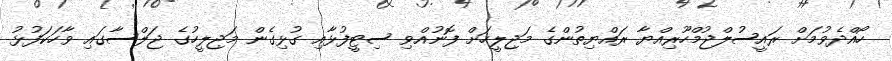
ހޯއްދެވުމަށްް ރައީސުލްޖުމްހޫރިއްޔާ ރައްޔިތުންގެ މަޖިލީހަށް ފޮނުއްވި ސިޓީފުޅާއި ގުޅިގެން މަޖިލީހުގެ ޖަލްސާގައި ވާހަކަފުޅު